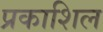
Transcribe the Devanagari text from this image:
प्रकाशिल